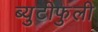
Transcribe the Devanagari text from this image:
ब्युटीफुली